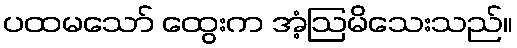
ပထမသော် ထွေးက အံ့ဩမိသေးသည်။